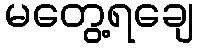
မတွေ့ရချေ